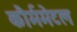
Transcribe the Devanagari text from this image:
कौर्ममेटल